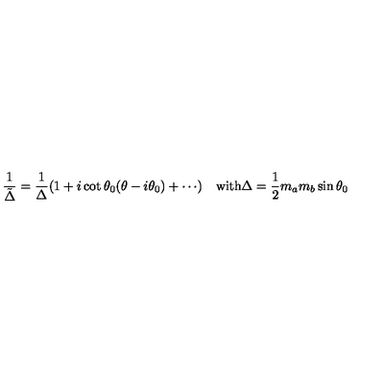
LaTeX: \frac { 1 } { \tilde { \Delta } } = \frac { 1 } { \Delta } ( 1 + i \cot \theta _ { 0 } ( \theta - i \theta _ { 0 } ) + \cdots ) \quad \mathrm { w i t h } \Delta = \frac { 1 } { 2 } m _ { a } m _ { b } \sin \theta _ { 0 }